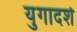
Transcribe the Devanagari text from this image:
युगादर्श